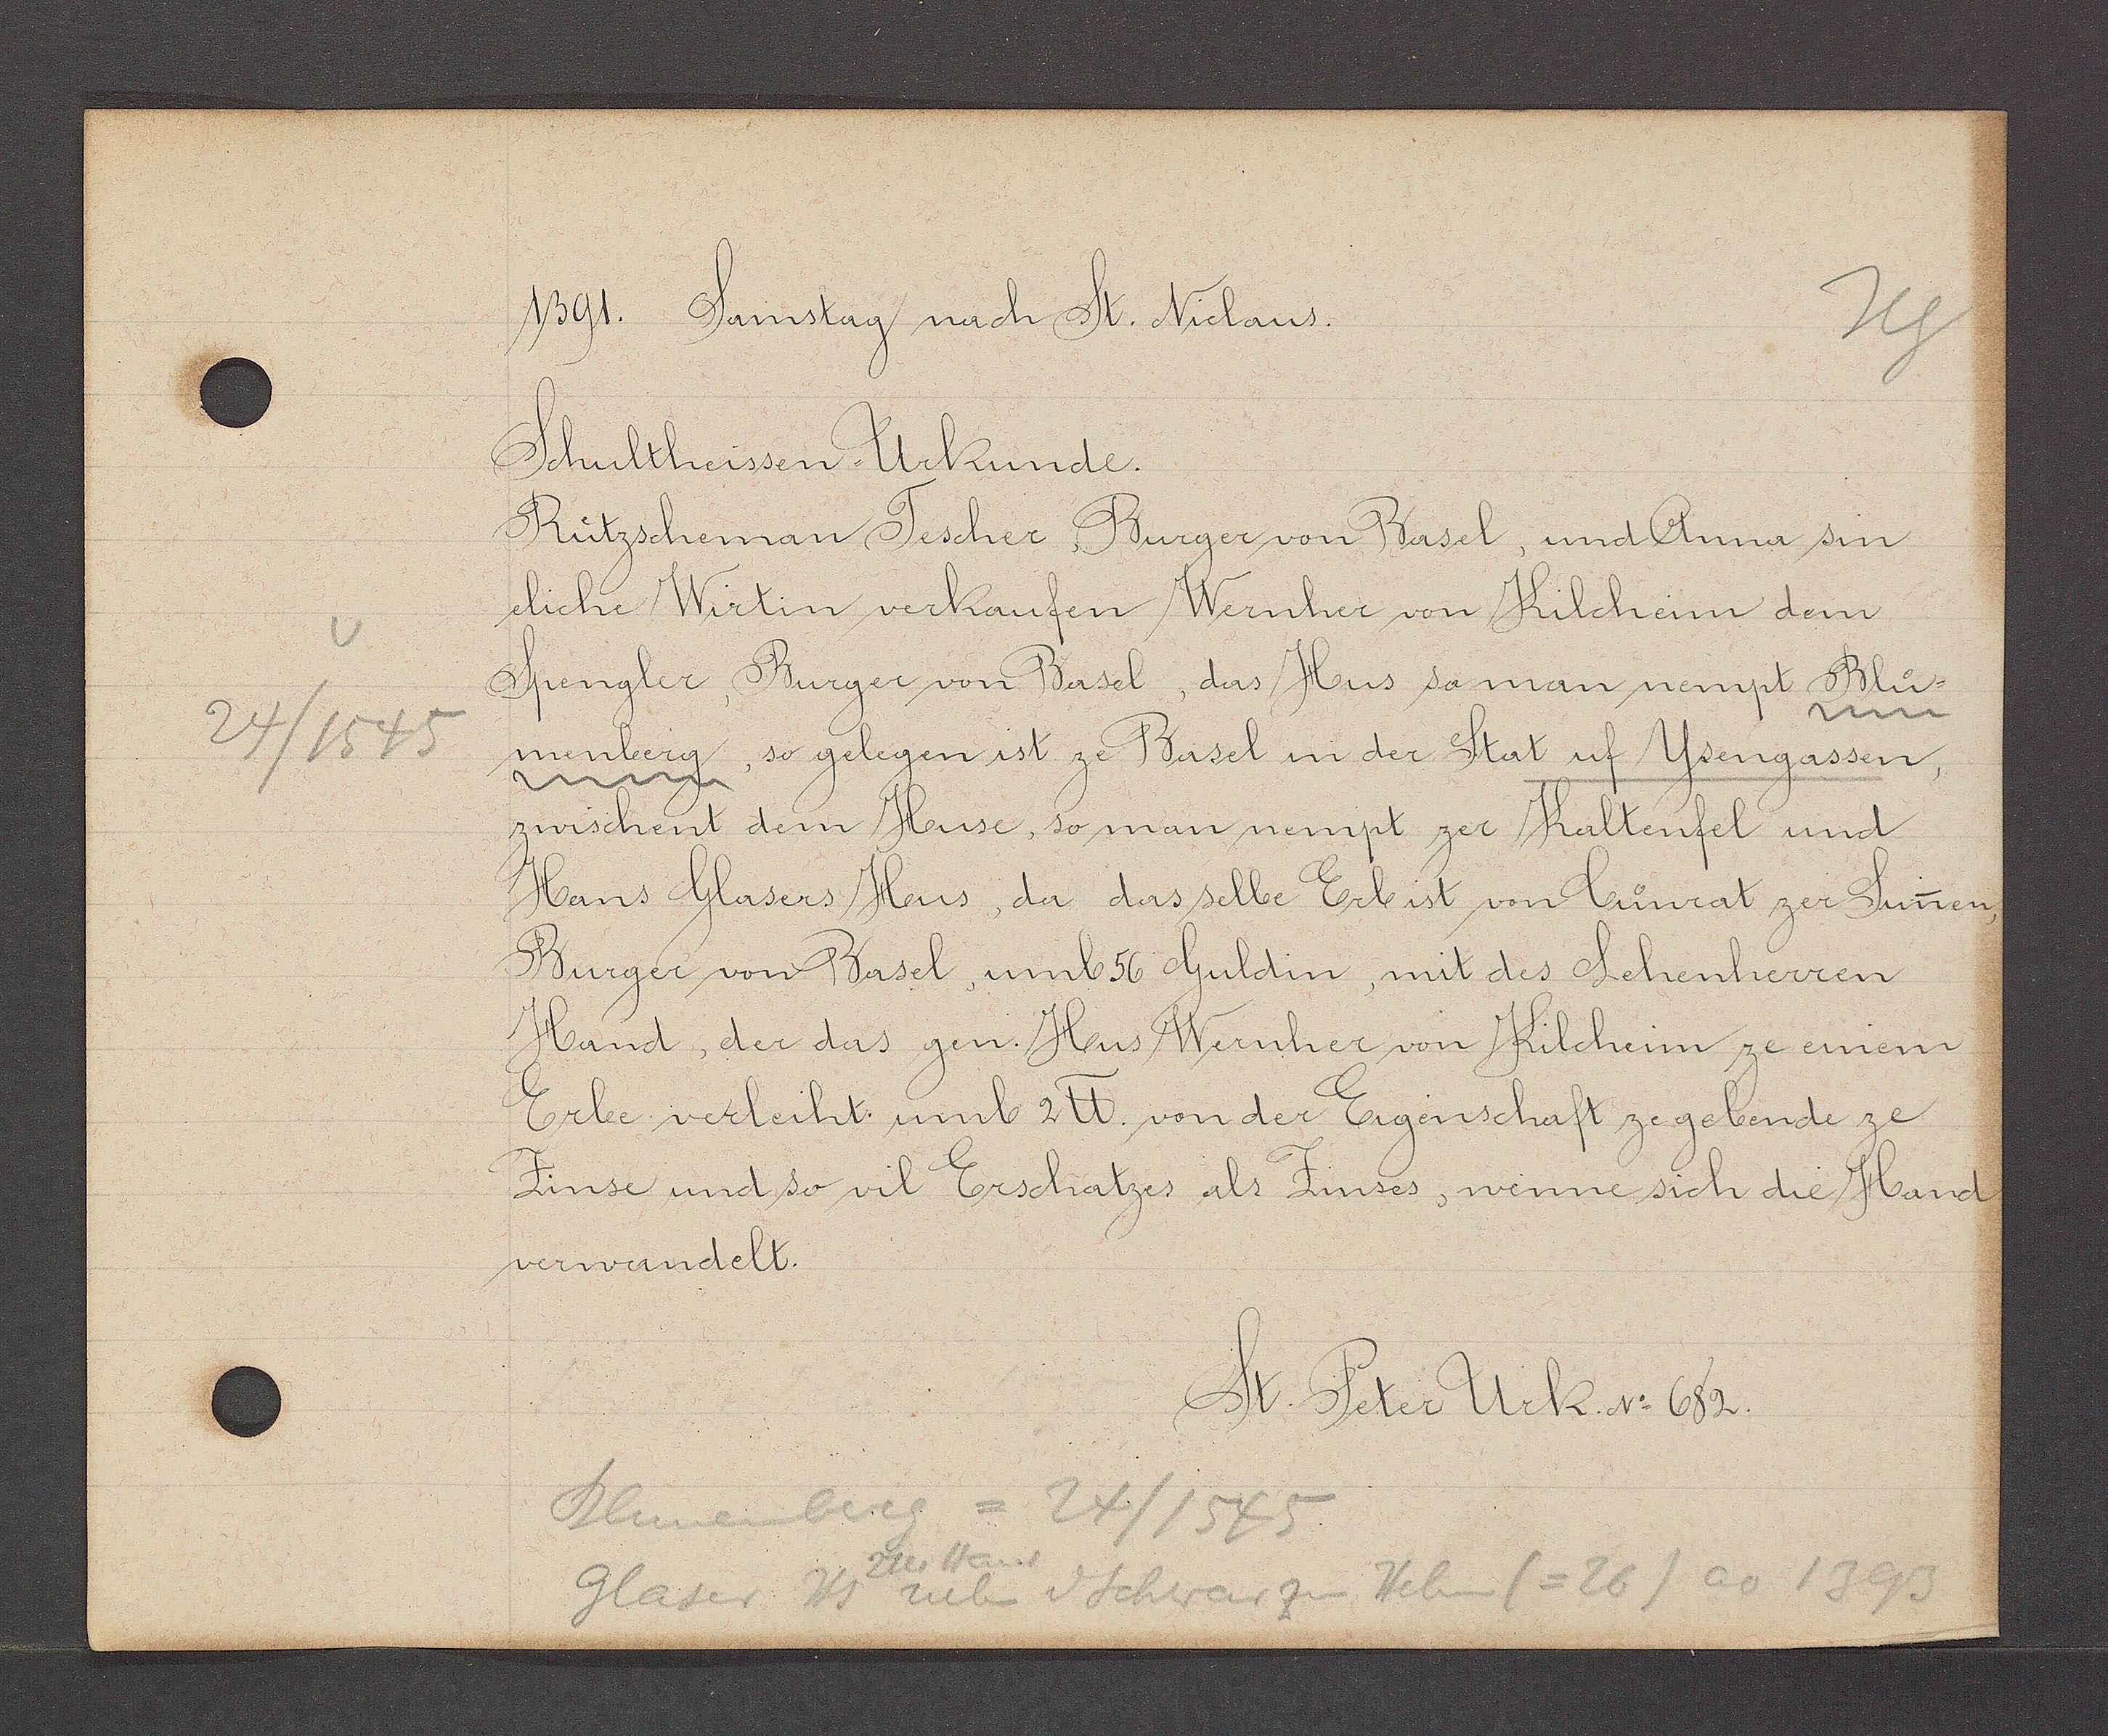
Transcript:
24/1575

1391. Samstag nach St. Niclaus.
Schultheissen Urkunde
Rützscheman Burger von Basel, und Anna sin
eliche Wirtin verkaufen Wernher von Kilchenn dem
Spengler, Burger von Basel, das Hus so man nempt Bluo-
menberg, so gelegen ist ze Basel inn der Stat uf Ysengassen,
zwischent dem Huse, so man nempt zer Kaltenfel und
Hans Glasers Hus, da dasselbe Erb ist von Cuonrat zer Sunen,
Burger von Basel, umb 56 Guldin, mit des Lehenherren
Hand, der das gen. Hus Wernher von Kilcheim ze einem
Erbe verleiht umb 2℔, von der Eigenschaft ze gebende ze
Zinse und so vil Erschatzes als Zinses, wenne sich die Hand
verwandelt.
St. Peter Urk. No 682.
Blumenberg = 24/1545
2ter Hans
Glaser Hs neb d Schwarzen Helm (= 26) ao 1393